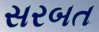
સરબત